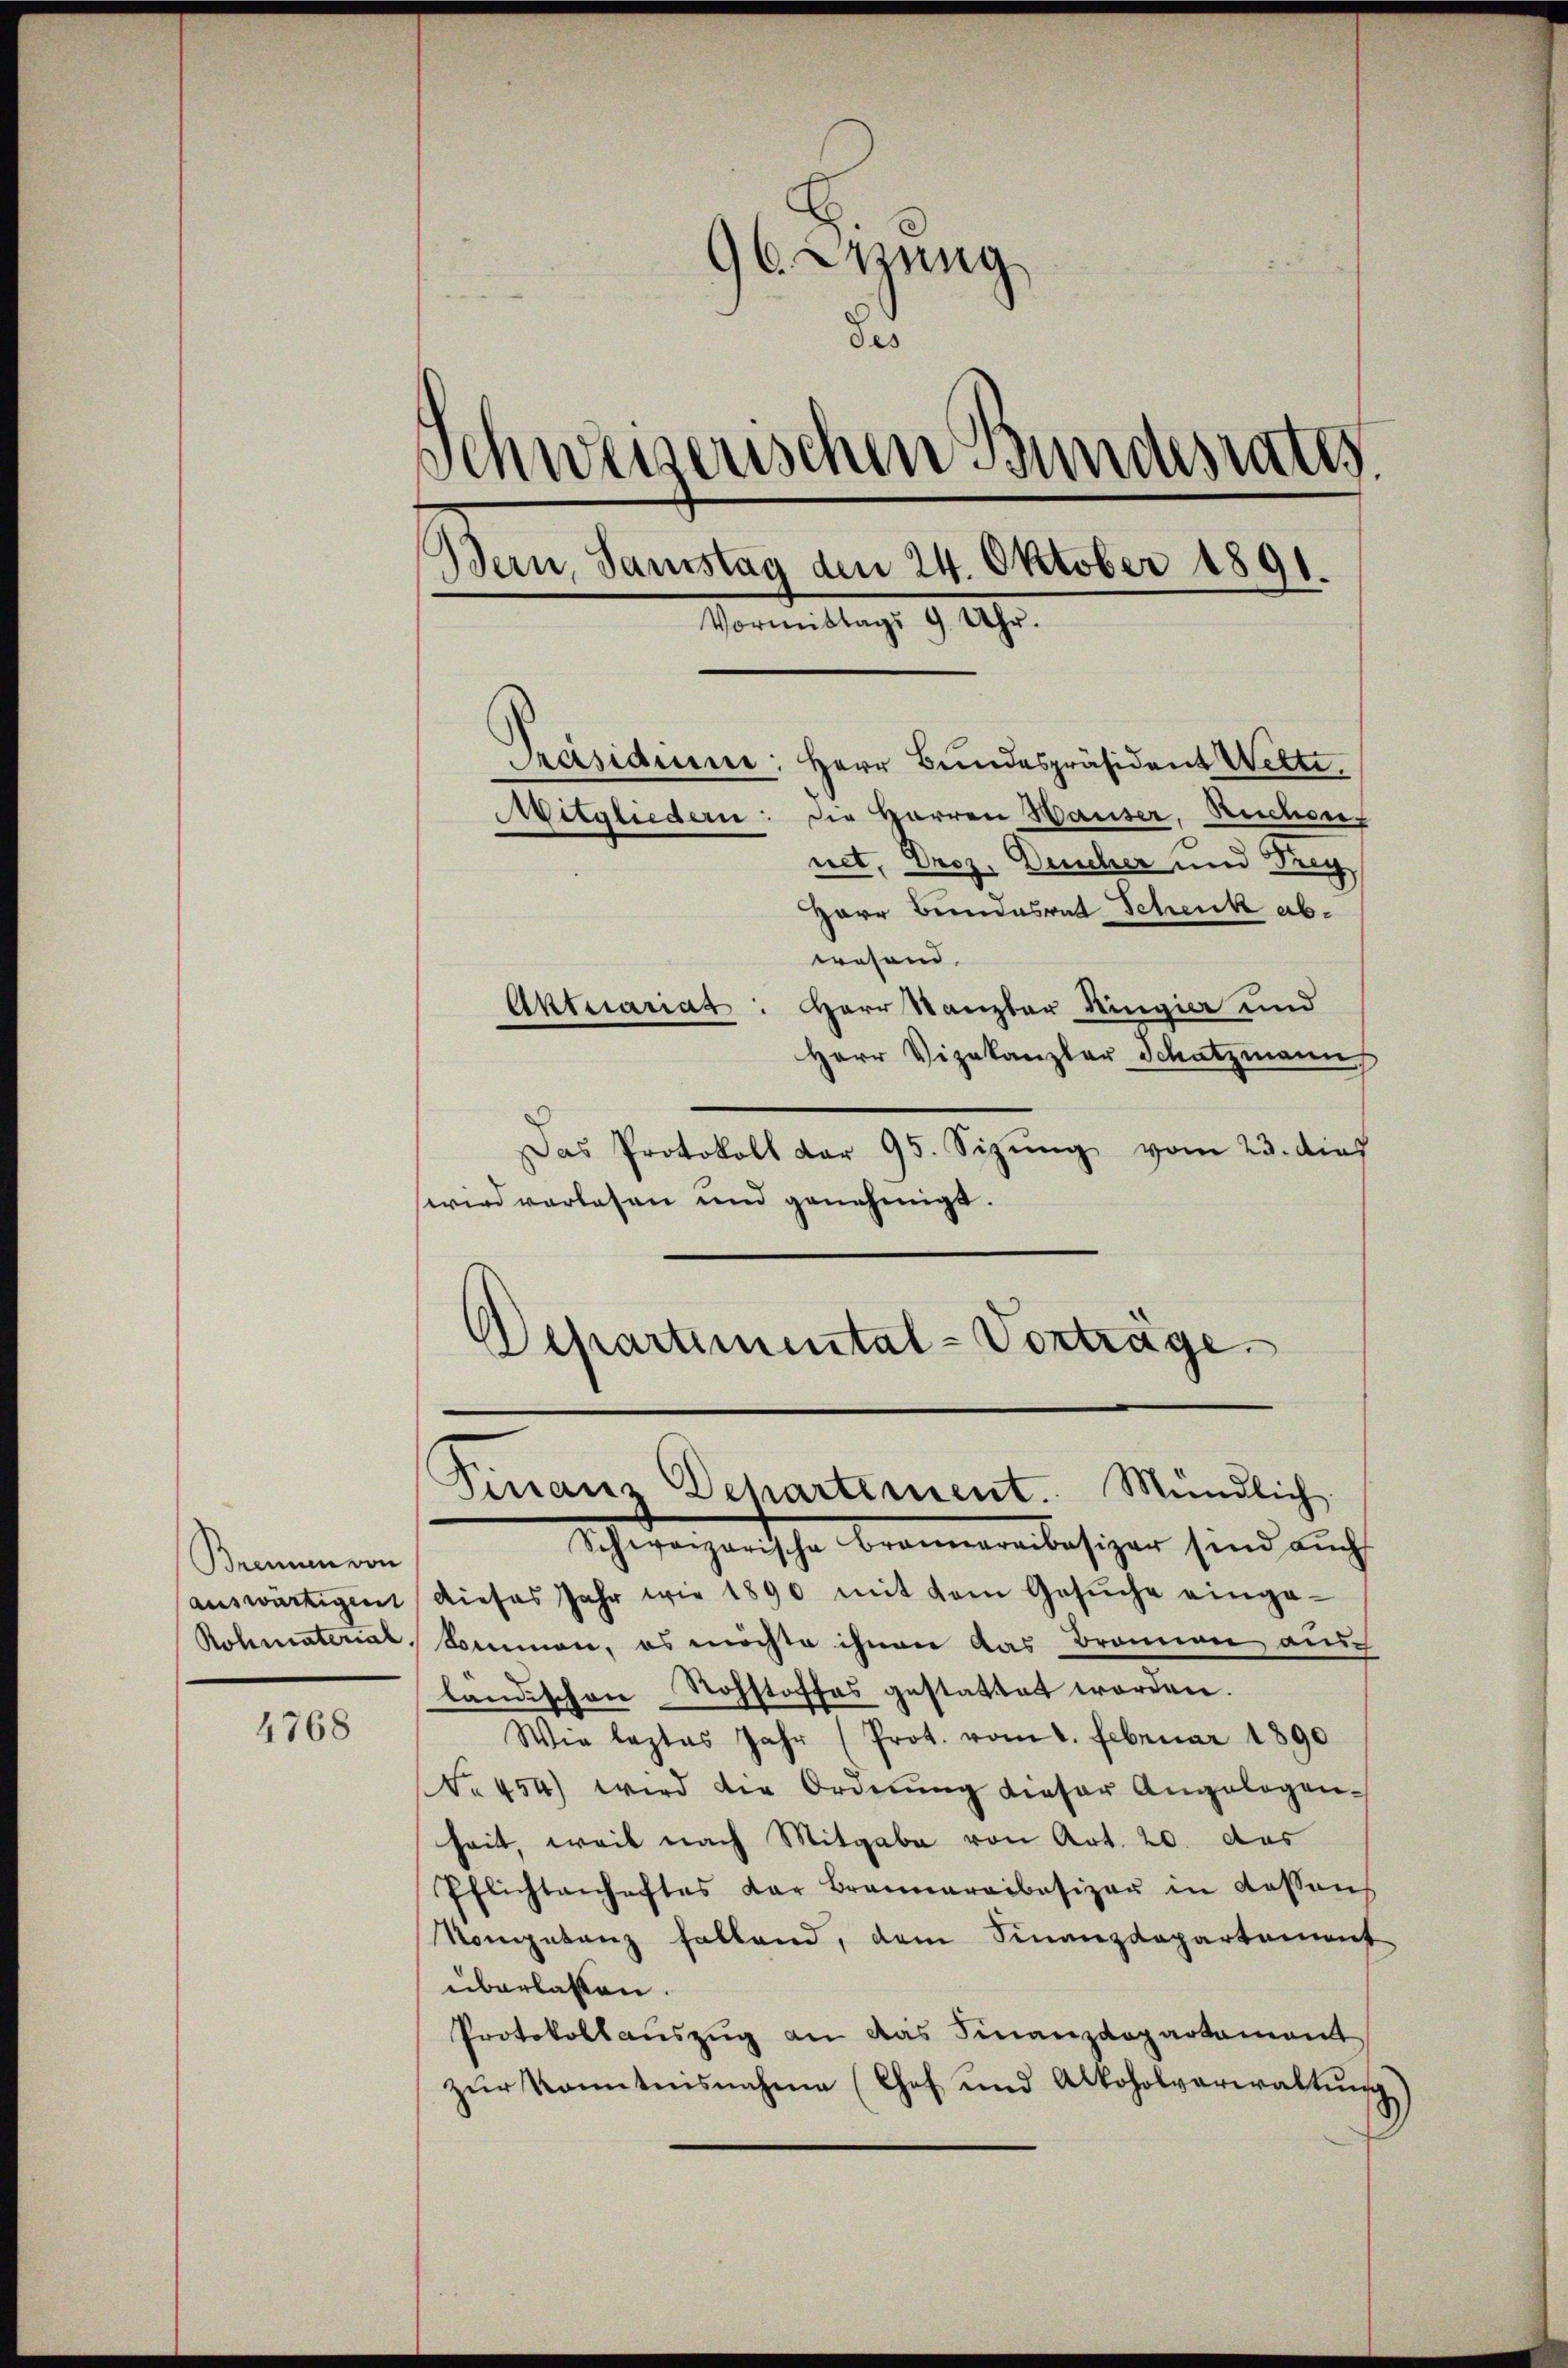
Brennen von
auswärtigent
Rohmaterial.

4768

96. Weng
Schweizerischen Bundesrats.
Bern, Samstag den 24. Oktober 1891.
Vormittags 9 Uhr.

Präsidium, Herr Bundespräsident Wette,
Mitgliedern: die Herren Hauser, Ruchen,
net, Droz. Deucher und Frey
Herr Bundesrat Schenk abwesend.
Aktuariat: Herr Kanzler Ringia und
Herr Vizekanzler Schatzmann,
Das Protokoll dar 95. Sizŭng vom 23. dies
wird verlesen und genehmigt.

d

Schartimental-Vorträge.
Finanz Departement. Mündlich.

Scheverganische Brenneralesiger sind auch
dieses Jahr wie 1890 mit dem Gesŭche einge-
kommen, es möchte ihnen das Brannen, auch
ländischen Rohstoffes gestattet worden.
Wie leztes Jahr (Prot. vom 2. Februar 1890
No 454) wird die Ordnung dieser Angelegen-
heit, weil nach Mitgabe von Art. 20. das
Pflichtenhaftes der Brannaraibasizer in Kassens
Vongetanz fallend, dem Finanzdepartement
überlassen.
Protokollaŭszŭg an das Finanzdepartament
zŭr Kenntnisnahme (Chef und Alkoholverwaltŭng